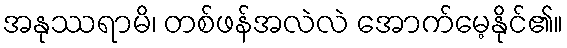
အနုဿရာမိ၊ တစ်ဖန်အလဲလဲ အောက်မေ့နိုင်၏။